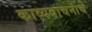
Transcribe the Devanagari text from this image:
काव्यवाचनांचे